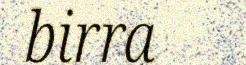
birra